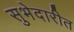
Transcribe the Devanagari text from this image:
सुभेदारीत